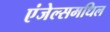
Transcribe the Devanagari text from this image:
एंजेल्समधिल